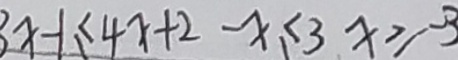
3 x - 1 \leq 4 x + 2 - x \leq 3 x \geq - 3